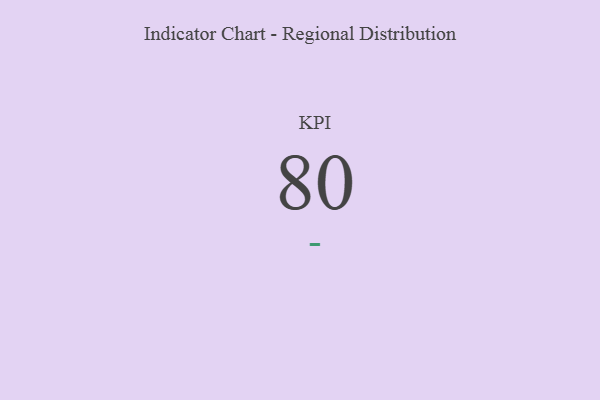
{"axis": {"x": "KPI", "y": "Value"}, "legend": [""], "data": [{"x": "KPI", "y": 80, "type": ""}]}